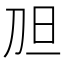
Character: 𱐖